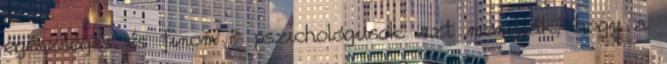
egészséges és finom ? pszichológusok azt mondják, hogy a